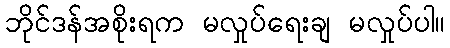
ဘိုင်ဒန်အစိုးရက မလှုပ်ရေးချ မလှုပ်ပါ။